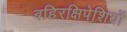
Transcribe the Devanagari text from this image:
बहिरक्षिपेशियों